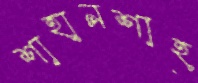
শাহানশাহ্